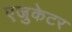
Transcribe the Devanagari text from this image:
एजुकेटर